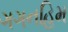
ગગનહિમ